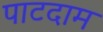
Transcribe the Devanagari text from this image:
पाटदाम